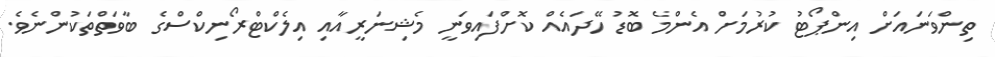
ތިންވަނައަށް އިންޕޯޓު ކުރުމަށް އެންމެ ބޮޑު ހޭދައެއް ކޮށްފައިވަނީ މެޝިނަރީއާއި އިލެކްޓްރޯނިކްސްގެ ބާވަތްތަކުންނެވެ.